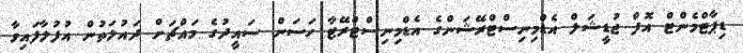
ޑިޕާޓްމެންޓް އޮފް ޖުޑީޝަލް އެޑްމިނިސްޓްރޭޝަންގެ އެޑްމިނިސްޓްރޭޓާ ހަސަން ސައީދުގެ މައްޗަށް ދައުލަތުން އުފުލާފައިވާ